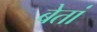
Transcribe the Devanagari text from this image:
बेतां